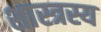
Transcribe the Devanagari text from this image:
शास्त्रस्य